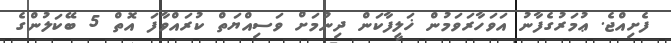
ފެށިއްޖެ. ޢުމަރުގެފާނު އަވަހާރަވަމުން ޚަލީފާކަން ދިނުމަށް ވަސިއްޔަތް ކުރައްވާފަ އޮތް 5 ބޭކަލުންގެ